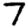
Digit: 7